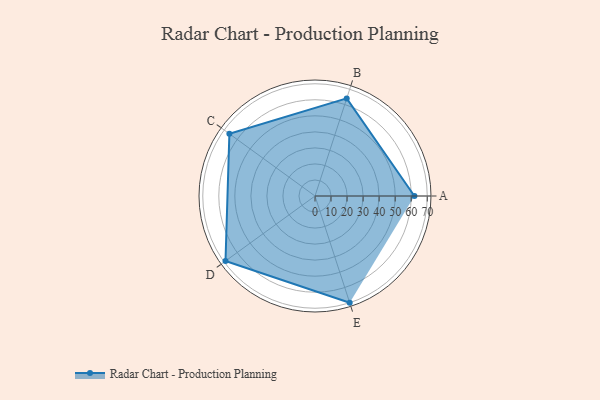
{"axis": {"x": "Skill", "y": "Score"}, "legend": ["Profile"], "data": [{"x": "A", "y": 62.0, "type": "Profile"}, {"x": "B", "y": 64.0, "type": "Profile"}, {"x": "C", "y": 66.0, "type": "Profile"}, {"x": "D", "y": 69.0, "type": "Profile"}, {"x": "E", "y": 70.0, "type": "Profile"}]}